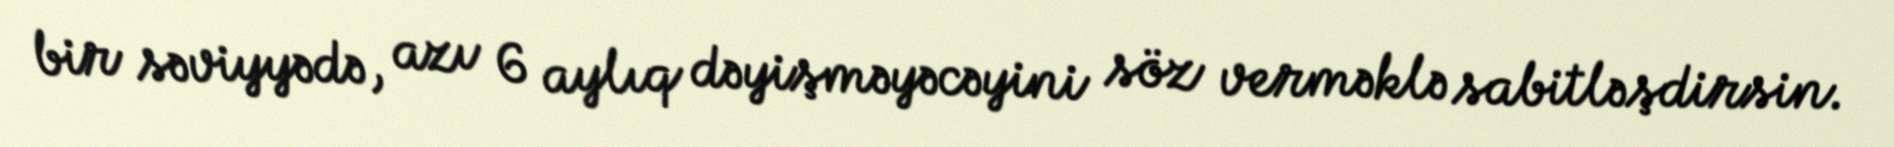
bir səviyyədə, azı 6 aylıq dəyişməyəcəyini söz verməklə sabitləşdirsin.